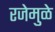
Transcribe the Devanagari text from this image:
रजेमुळे